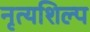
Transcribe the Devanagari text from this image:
नृत्यशिल्प